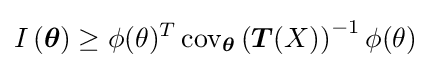
I\left({\boldsymbol {\theta }}\right)\geq \phi (\theta )^{T}\operatorname {cov} _{\boldsymbol {\theta }}\left({\boldsymbol {T}}(X)\right)^{-1}\phi (\theta )